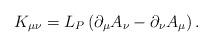
LaTeX: \begin{align*}K_{\mu \nu }=L_P\left( \partial _\mu A_\nu -\partial _\nu A_\mu\right) . \end{align*}